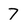
Character: 7